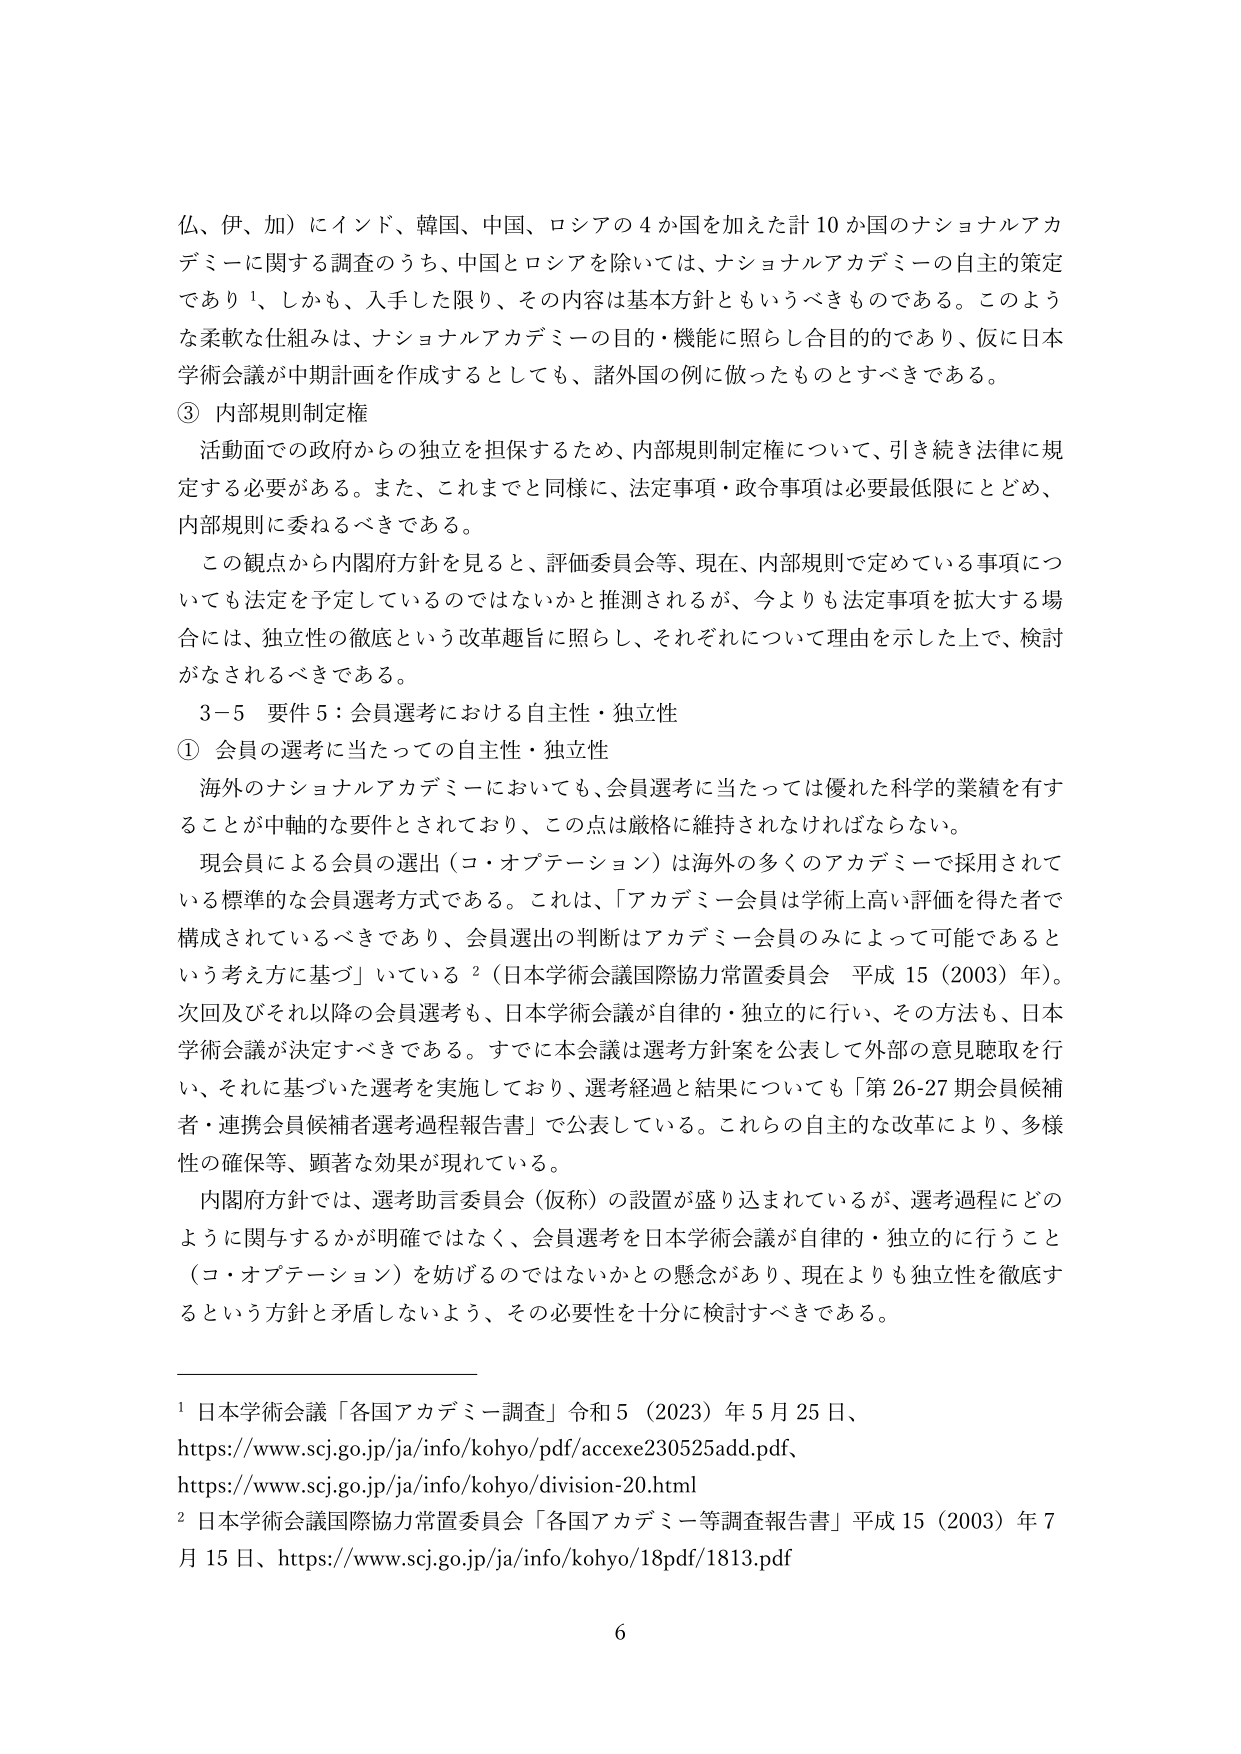
仏、伊、加）にインド、韓国、中国、ロシアの４か国を加えた計10か国のナショナルアカデミーに関する調査のうち、中国とロシアを除いては、ナショナルアカデミーの自主的策定であり¹、しかも、入手した限り、その内容は基本方針ともいうべきものである。このような柔軟な仕組みは、ナショナルアカデミーの目的・機能に照らし合目的的であり、仮に日本学術会議が中期計画を作成するとしても、諸外国の例に倣ったものとすべきである。

③ 内部規則制定権

　活動面での政府からの独立を担保するため、内部規則制定権について、引き続き法律に規定する必要がある。また、これまでと同様に、法定事項・政令事項は必要最低限にとどめ、内部規則に委ねるべきである。

　この観点から内閣府方針を見ると、評価委員会等、現在、内部規則で定めている事項についても法定を予定しているのではないかと推測されるが、今よりも法定事項を拡大する場合には、独立性の徹底という改革趣旨に照らし、それぞれについて理由を示した上で、検討がなされるべきである。

3－5 要件5：会員選考における自主性・独立性

① 会員の選考に当たっての自主性・独立性

　海外のナショナルアカデミーにおいても、会員選考に当たっては優れた科学的業績を有することが中軸的な要件とされており、この点は厳格に維持されなければならない。

　現会員による会員の選出（コ・オプテーション）は海外の多くのアカデミーで採用されている標準的な会員選考方式である。これは、「アカデミー会員は学術上高い評価を得た者で構成されているべきであり、会員選出の判断はアカデミー会員のみによって可能であるという考え方に基づ」いている²（日本学術会議国際協力常置委員会 平成15（2003）年）。次回及びそれ以降の会員選考も、日本学術会議が自律的・独立的に行い、その方法も、日本学術会議が決定すべきである。すでに本会議は選考方針案を公表して外部の意見聴取を行い、それに基づいた選考を実施しており、選考経過と結果についても「第26-27期会員候補者・連携会員候補者選考過程報告書」で公表している。これらの自主的な改革により、多様性の確保等、顕著な効果が現れている。

　内閣府方針では、選考助言委員会（仮称）の設置が盛り込まれているが、選考過程にどのように関与するかが明確ではなく、会員選考を日本学術会議が自律的・独立的に行うこと（コ・オプテーション）を妨げのではないかとの懸念があり、現在よりも独立性を徹底するという方針と矛盾しないよう、その必要性を十分に検討すべきである。

¹ 日本学術会議「各国アカデミー調査」令和5（2023）年5月25日、
https://www.scj.go.jp/ja/info/kohyo/pdf/accexe230525add.pdf、
https://www.scj.go.jp/ja/info/kohyo/division-20.html

² 日本学術会議国際協力常置委員会「各国アカデミー等調査報告書」平成15（2003）年7月15日、https://www.scj.go.jp/ja/info/kohyo/18pdf/1813.pdf

6